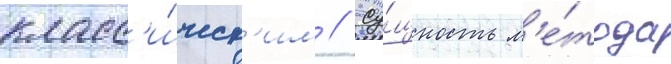
класс'и́ческ'им // Су́щность м'е́тода